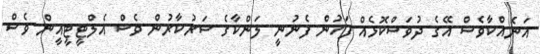
އަނެއްކާވެސް އޭގެ ދުވަސްކޮޅެއް ފަހުން ފެނުނީ ލަންކާގެ ސަރުކާރުން ވެސް އެލްޓީޓީއީން ވެސް